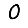
Digit: 0